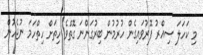
މި ކަހަލަ ސިއްރު ފޮރުވައިގެން ހުރުމުން ބިރުގަންނަ ގޮތްވެ ހިތަށް ހިތްހަމަ ނުޖެހުން